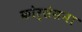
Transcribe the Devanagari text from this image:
कोर्सेसना